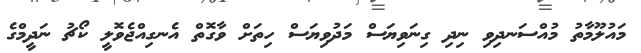
މައުލޫމާތު މުއްސަނދިވި ނިދި ގިނަވިޔަސް މަދުވިޔަސް ހިތަށް ވާގޮތް އެނގިއްޖެވޮލީ ކޯޗު ނަދީމްގެ